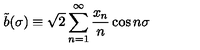
\tilde { b } ( \sigma ) \equiv \sqrt { 2 } \sum _ { n = 1 } ^ { \infty } \frac { x _ { n } } { n } \cos n \sigma